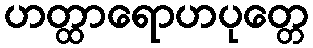
ဟတ္ထာရောဟပုတ္တေ